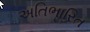
અતિભારિત